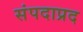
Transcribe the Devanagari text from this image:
संपदाप्रद